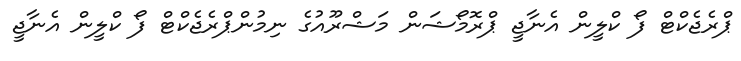
ޕްރެޖެކްޓް ފޯ ކްލީން އެނާޖީ ޕްރޮމޯޝަން މަޝްރޫއުގެ ނިމުންޕްރެޖެކްޓް ފޯ ކްލީން އެނާޖީ